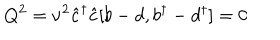
Q ^ { 2 } = { \nu } ^ { 2 } \hat { c } ^ { \dagger } \hat { c } [ b - d , b ^ { \dagger } - d ^ { \dagger } ] = 0